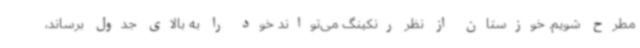
مطرح شویم. خوزستان از نظر رنکینگ می‌تواند خود را به بالای جدول برساند،